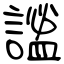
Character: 謐